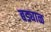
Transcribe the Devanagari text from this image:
बड्याळ